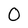
Character: 0